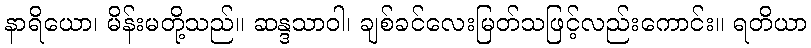
နာရိယော၊ မိန်းမတို့သည်။ ဆန္ဒသာဝါ၊ ချစ်ခင်လေးမြတ်သဖြင့်လည်းကောင်း။ ရတိယာ